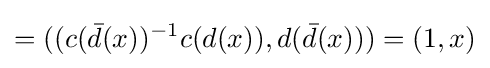
=((c({\bar {d}}(x))^{-1}c(d(x)),d({\bar {d}}(x)))=(1,x)